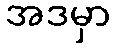
အဒမှာ